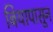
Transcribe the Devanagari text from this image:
बियापासून